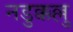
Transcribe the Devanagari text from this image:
नडुक्कल्लु